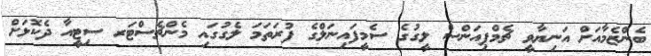
ބެންޒެމާއަށް އަނިޔާވީ ޗެމްޕިއަންސް ލީގުގެ ސެމީފައިނަލްގެ ފުރަތަމަ ލެގުގައި މެންޗެސްޓަރ ސިޓީއާ ދެކޮޅަށް